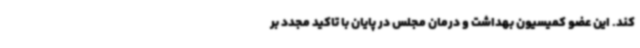
کند. این عضو کمیسیون بهداشت و درمان مجلس در پایان با تاکید مجدد بر